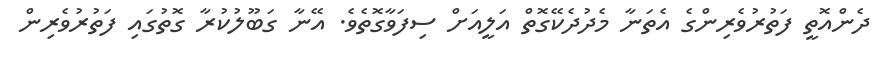
ދެންއޮތީ ފަތުރުވެރިންގެ އެތަނާ މެދުދެކޭގޮތް އަލީއަށް ސިފަވާގޮތެވެ. އޭނާ ގަބޫލުކުރާ ގޮތުގައި ފަތުރުވެރިން